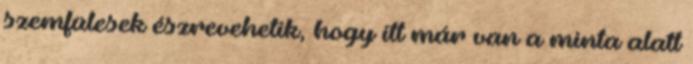
szemfülesek észrevehetik, hogy itt már van a minta alatt